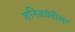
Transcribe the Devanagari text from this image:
शनिजयंतीला